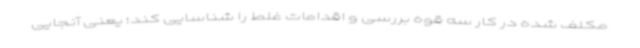
مکلف شده در کار سه قوه بررسی و اقدامات غلط را شناسایی کند؛ یعنی آنجایی